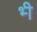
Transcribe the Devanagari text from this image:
भ्‍ी